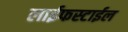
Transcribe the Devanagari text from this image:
लाईफस्टाईल